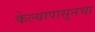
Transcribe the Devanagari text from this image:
केल्यापासूनचा